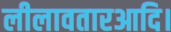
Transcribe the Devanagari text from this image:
लीलावतारआदि।